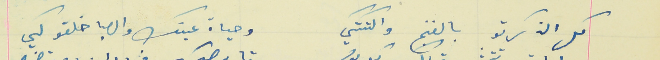
كل الذكرتو بالغنج والتكتكي                                           وحياة عينك والصبا خلقو لكي